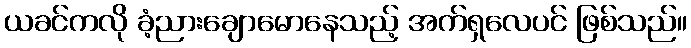
ယခင်ကလို ခံ့ညားချောမောနေသည့် အက်ရှလေပင် ဖြစ်သည်။